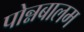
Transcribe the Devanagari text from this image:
पोन्नबालम